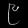
Digit: ၉